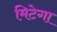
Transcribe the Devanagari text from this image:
मिटेगा